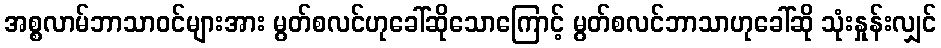
အစ္စလာမ်ဘာသာဝင်များအား မွတ်စလင်ဟုခေါ်ဆိုသောကြောင့် မွတ်စလင်ဘာသာဟုခေါ်ဆို သုံးနှုန်းလျှင်